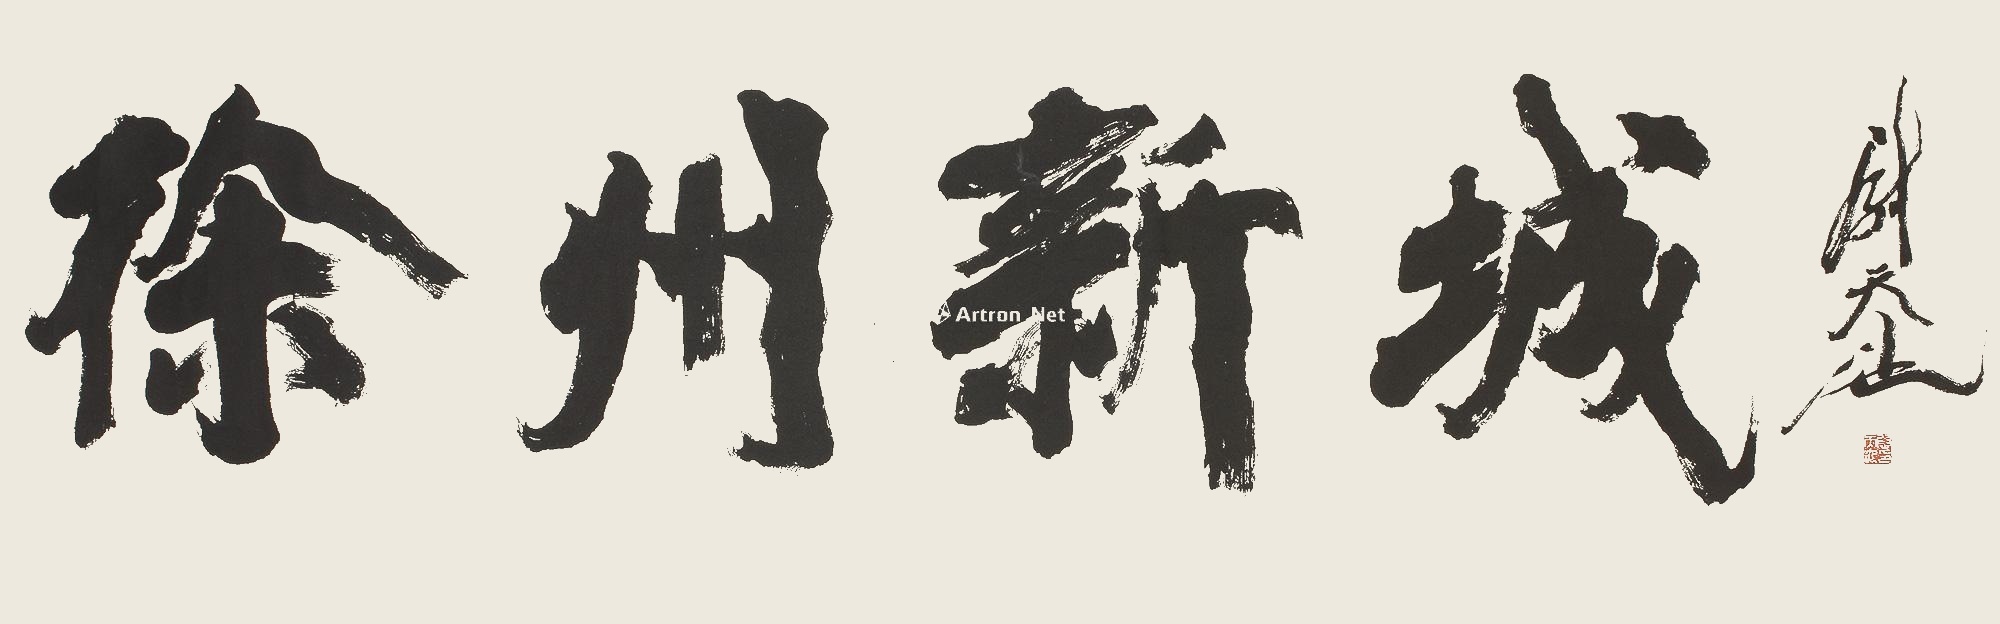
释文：徐州新城。尉天池印